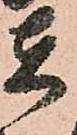
在